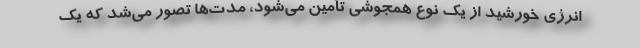
انرژی خورشید از یک نوع همجوشی تأمین می‌شود، مدت‌ها تصور می‌شد که یک